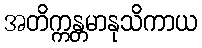
အတိက္ကန္တမာနုသိကာယ